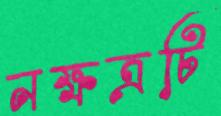
নক্ষত্রটি